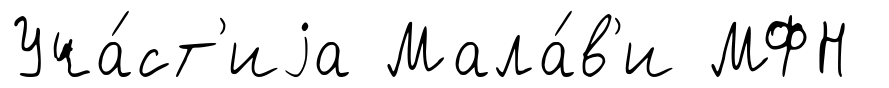
Уча́ст'иjа Мала́в'и МФН